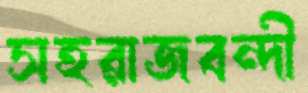
সহরাজবন্দী